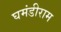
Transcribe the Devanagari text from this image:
घमंडीराम